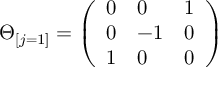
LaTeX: \Theta _ { [ j = 1 ] } = \left( \begin{array} { l l l } { { 0 } } & { { 0 } } & { { 1 } } \\ { { 0 } } & { { - 1 } } & { { 0 } } \\ { { 1 } } & { { 0 } } & { { 0 } } \end{array} \right)